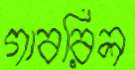
গাবরিল